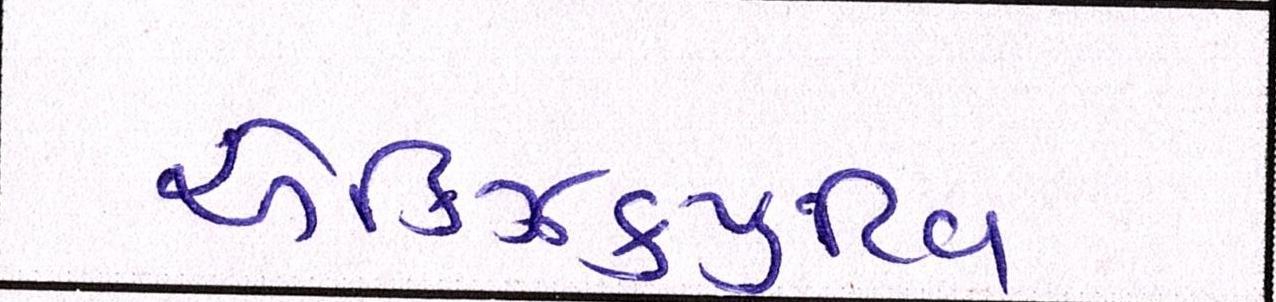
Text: એક્ઝિક્યુટિવ